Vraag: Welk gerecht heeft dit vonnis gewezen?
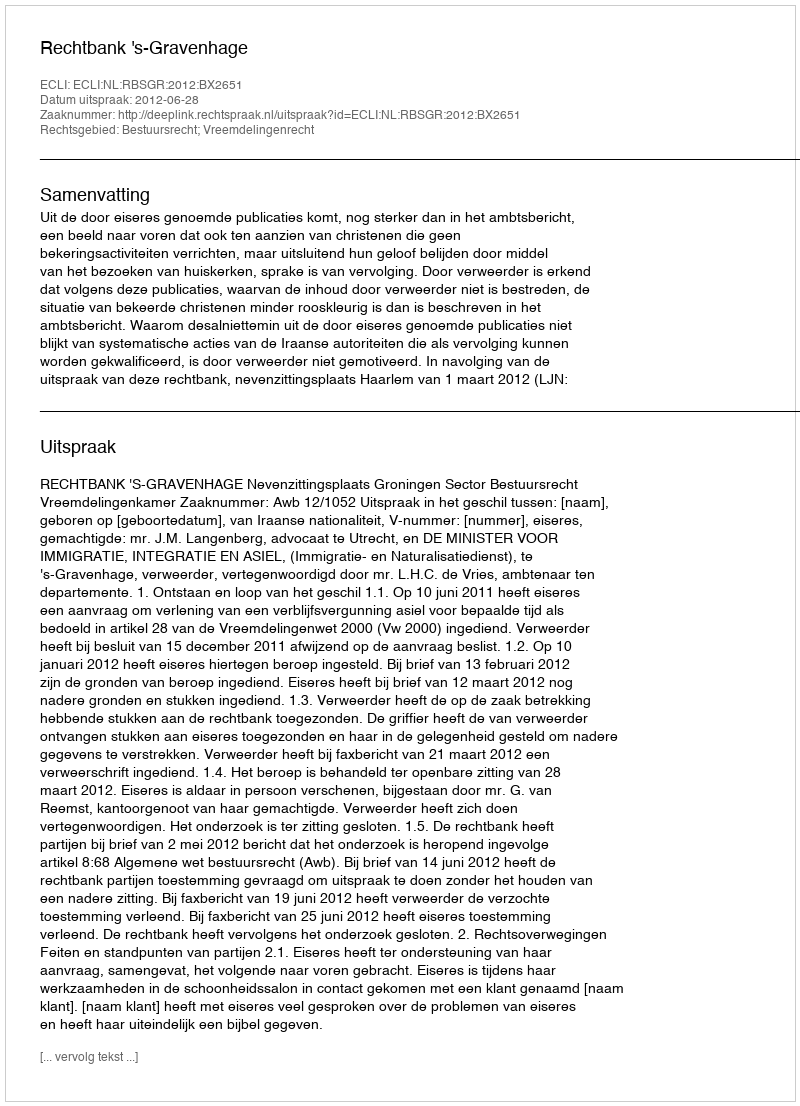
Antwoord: Rechtbank 's-Gravenhage